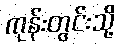
ကုန်းတွင်းသို့